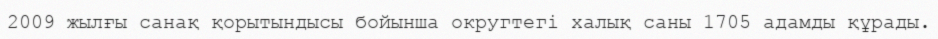
2009 жылғы санақ қорытындысы бойынша округтегі халық саны 1705 адамды құрады.